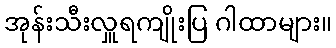
အုန်းသီးလှူရကျိုးပြ ဂါထာများ။